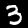
Label: 3